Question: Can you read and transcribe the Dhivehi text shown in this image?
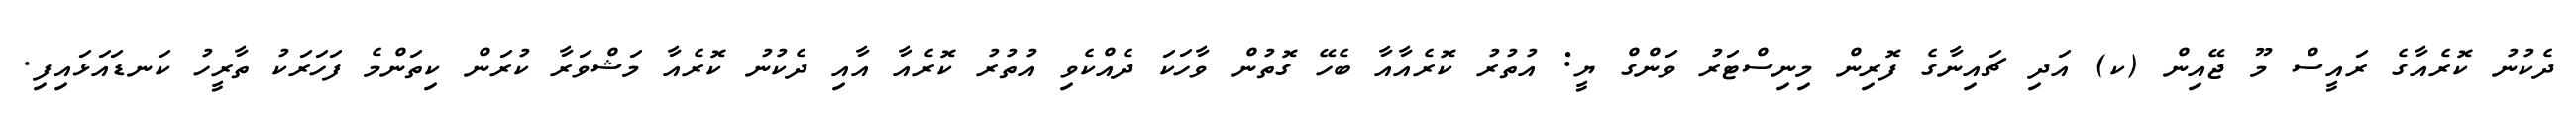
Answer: ދެކުނު ކޮރެއާގެ ރައީސް މޫ ޖޭއިން (ކ) އަދި ޗައިނާގެ ފޮރިން މިނިސްޓަރު ވަންގް ޔީ: އުތުރު ކޮރެއާއާ ބެހޭ ގޮތުން ވާހަކަ ދެއްކެވި އުތުރު ކޮރެއާ އާއި ދެކުނު ކޮރެއާ މަޝްވަރާ ކުރަން ކިތަންމެ ފަހަރަކު ތާރީހު ކަނޑައަޅައިފި.